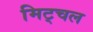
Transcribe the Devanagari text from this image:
मिट्चल